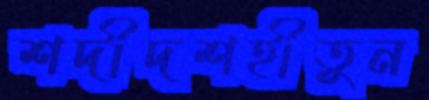
শদীদশহীতুন